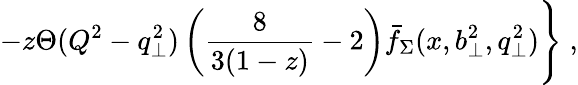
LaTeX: -z\Theta(Q^{2}-q_{\perp}^{2})\left({\frac{8}{3(1-z)}}-2\right)\bar{f}_{\Sigma}(x,b_{\perp}^{2},q_{\perp}^{2})\Bigg\} \; ,